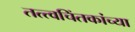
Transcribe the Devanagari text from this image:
तत्त्वचिंतकांच्या